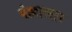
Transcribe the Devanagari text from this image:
वेल्लालार